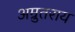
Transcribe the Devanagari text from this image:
अम्रुतराय